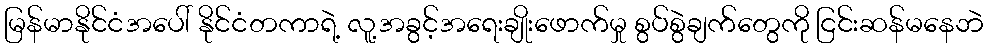
မြန်မာနိုင်ငံအပေါ် နိုင်ငံတကာရဲ့ လူ့အခွင့်အရေးချိုးဖောက်မှု စွပ်စွဲချက်တွေကို ငြင်းဆန်မနေဘဲ